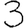
Digit: 3